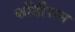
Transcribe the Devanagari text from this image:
कोंडीराम